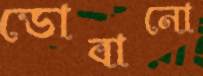
ডোবানো